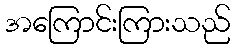
အကြောင်းကြားသည်